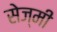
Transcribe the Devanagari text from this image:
सेज्मी